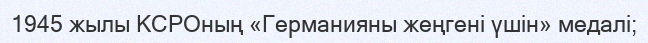
1945 жылы КСРОның «Германияны жеңгені үшін» медалі;